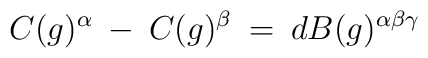
C(g)^{\alpha} \: - \: C(g)^{\beta} \: = \: d B(g)^{\alpha \beta \gamma}